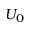
U _ { 0 }